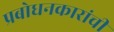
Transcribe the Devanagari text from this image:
प्रबोधनकारांची